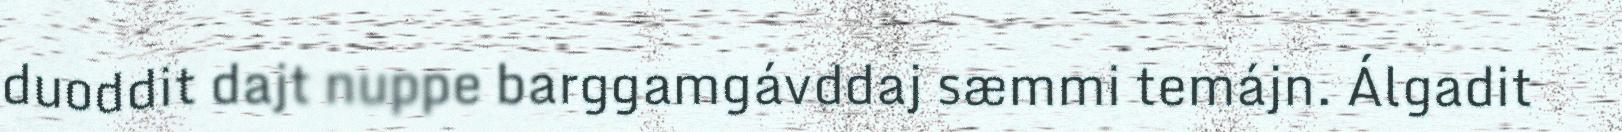
duoddit dajt nuppe barggamgávddaj sæmmi temájn. Álgadit